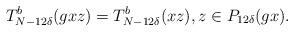
LaTeX: \begin{align*} T^b_{N - 12\delta}(gxz) = T^b_{N - 12\delta}(xz), z \in P_{12\delta}(gx).\end{align*}